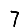
Digit: 7